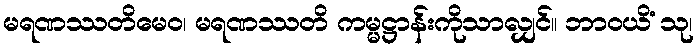
မရဏဿတိမေဝ၊ မရဏဿတိ ကမ္မဋ္ဌာန်းကိုသာလျှင်။ ဘာဝယိံ သု၊